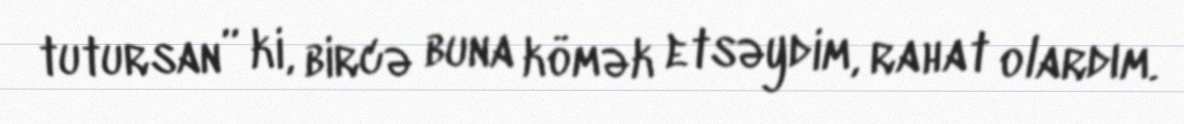
tutursan” ki, bircə buna kömək etsəydim, rahat olardım.